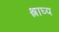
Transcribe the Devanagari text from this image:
श्लाघ्य